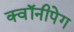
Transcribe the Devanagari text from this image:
क्वॉनीपेग